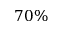
7 0 \%